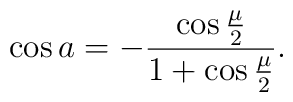
\cos a =-{\cos{\mu \over 2} \over 1 +\cos{\mu \over 2}}.